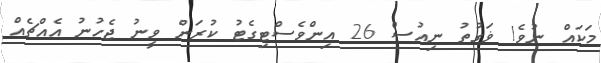
މަކައް ނުވެ! ޥަގުތު ނިއުސް 26 އިންވެސްޓިގެޓު ކުރަން ވީނު ޖެހުނު އެއްޗެއް